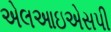
એલઆઇએસપી